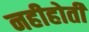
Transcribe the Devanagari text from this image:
नहीहोती